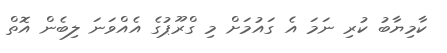
ކާމިޔާބު ކުރި ނަމަ އެ ގައުމަށް މި ގްރޫޕުގެ އެއްވަނަ ލިބެން އޮތް